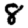
Digit: 8